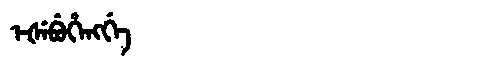
Manchu: ᡝᡧᡝᠪᡠᡥᡝᠩᡤᡝ
Romanization: EŠEBUHENGGE